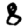
Digit: 8